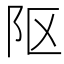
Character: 𨸟